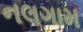
નલગામ